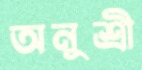
অনুশ্রী